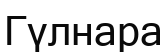
Гүлнара